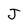
Character: J